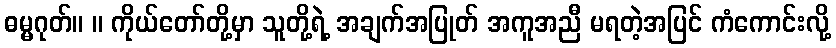
ဓမ္မဂုတ်။ ။ ကိုယ်တော်တို့မှာ သူတို့ရဲ့ အချက်အပြုတ် အကူအညီ မရတဲ့အပြင် ကံကောင်းလို့